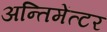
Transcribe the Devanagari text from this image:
अन्तिमेंत्टर